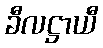
ခီလဋ္ဌာယီ